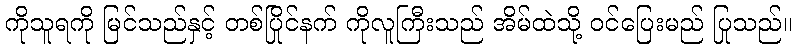
ကိုသူရကို မြင်သည်နှင့် တစ်ပြိုင်နက် ကိုလူကြီးသည် အိမ်ထဲသို့ ဝင်ပြေးမည် ပြုသည်။